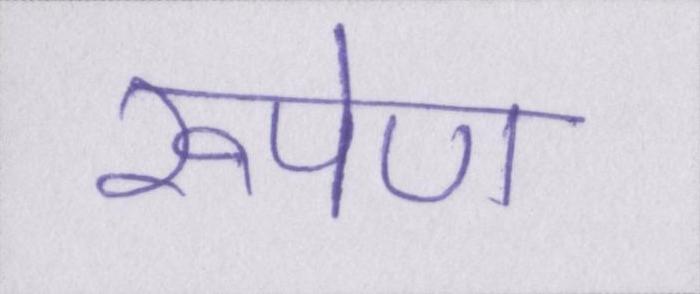
रूपेण